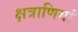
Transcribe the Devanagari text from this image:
क्षत्राणियां